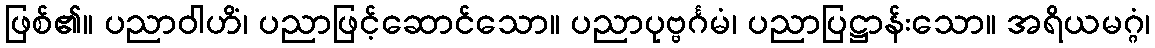
ဖြစ်၏။ ပညာဝါဟိံ၊ ပညာဖြင့်ဆောင်သော။ ပညာပုဗ္ဗင်္ဂမံ၊ ပညာပြဋ္ဌာန်းသော။ အရိယမဂ္ဂံ၊